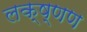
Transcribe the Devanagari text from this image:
लक्ष्णण